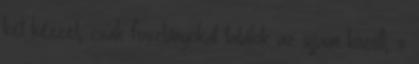
két kézzel, csak foszlányokat találok az ujjaim között, s